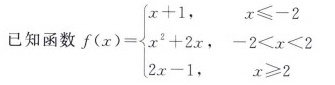
已知函数 $ f (x) = \left\ {\begin {matrix} x+1,x \leq -2 \\ x^{2} +2x,-2<x<2 \\ 2x-1,x \geq 2 \\ \end {matrix} \right. $$